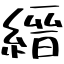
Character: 縉